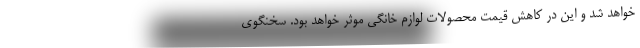
خواهد شد و این در کاهش قیمت محصولات لوازم خانگی موثر خواهد بود. سخنگوی